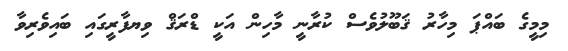
މިމީގެ ބައްޕަ މިހާރު ޤަބޫލުވެސް ކުރާނީ މާހިން އަކީ ޑްރަޤް ވިޔފާރީގައި ބައިވެރިވާ